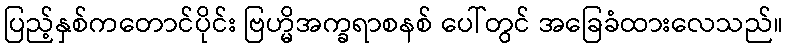
ပြည့်နှစ်ကတောင်ပိုင်း ဗြဟ္မိအက္ခရာစနစ် ပေါ်တွင် အခြေခံထားလေသည်။